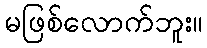
မဖြစ်လောက်ဘူး။